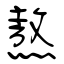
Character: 熬